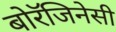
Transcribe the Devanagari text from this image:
बोरॅजिनेसी